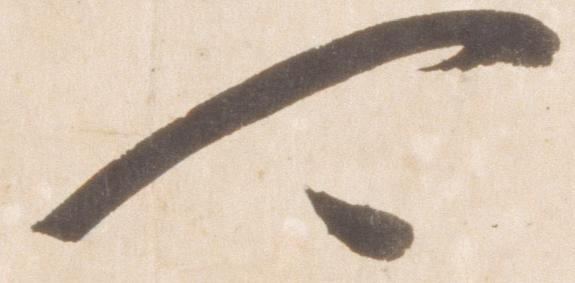
可